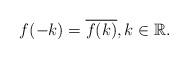
LaTeX: \begin{align*}f(-k) = \overline{f(k)}, k \in \mathbb{R}.\end{align*}